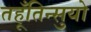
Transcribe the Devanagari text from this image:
तहूँतिन्सुयो